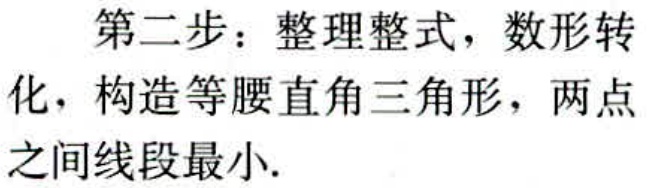
第二步：整理整式，数形转
化，构造等腰直角三角形，两点
之间线段最小.